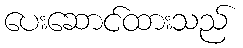
ပေးဆောင်ထားသည်